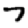
Digit: 7